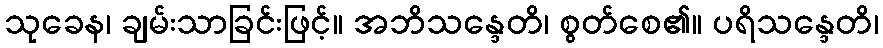
သုခေန၊ ချမ်းသာခြင်းဖြင့်။ အဘိသန္ဒေတိ၊ စွတ်စေ၏။ ပရိသန္ဒေတိ၊